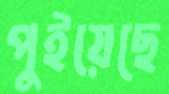
পুইয়েছে